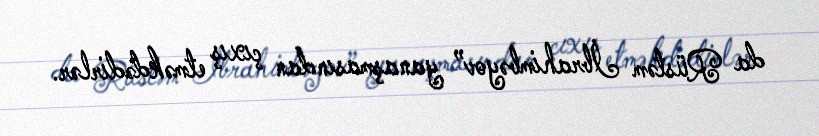
da Rüstəm İbrahimbəyov” yanaşmasından çıxış etməkdədirlər.